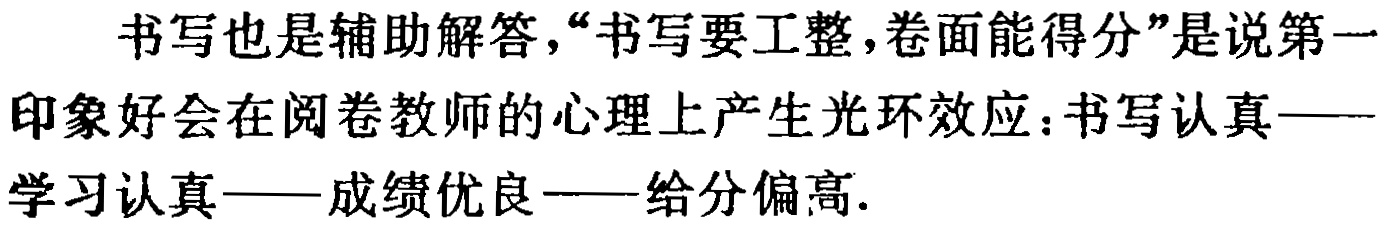
书写也是辅助解答，“书写要工整，卷面能得分”是说第一印象好会在阅卷教师的心理上产生光环效应：书写认真——学习认真——成绩优良——给分偏高.